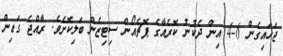
ޖަހައިގެން 6-4 އިން ދެކުނު ކޮރެއާގެ ޕޮޗެއޯން ސިޓިޒެން ބަލިކޮށެވެ. ރާއްޖެ ގަޑިން